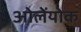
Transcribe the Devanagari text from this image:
ओलेंयोक